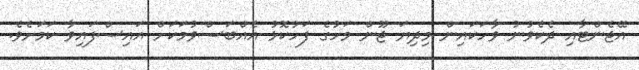
އޭޖެންޓާއި ދެކެވުނު ވާހަކައިން މިދިޔަ ޖޫން މަހުގެ ފަހުކޮޅު އެއްބަސްވުމަކަށް އައިސްފައިވާ ކަމަށެވެ.